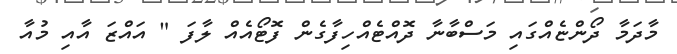
މާދަމާ ދޯންޏެއްގައި މަސްބާނާ ދޮއްޓެއްހިފާގެން ފޮޓޯއެއް ލާފަ " އައްޒަ އާއި މުއާ